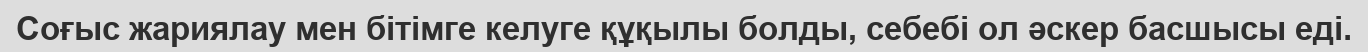
Соғыс жариялау мен бітімге келуге құқылы болды, себебі ол әскер басшысы еді.